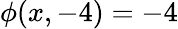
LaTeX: \phi(x,-4)=-4